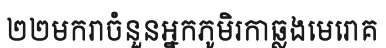
២២មករាចំនួនអ្នកភូមិរកាឆ្លងមេរោគ